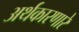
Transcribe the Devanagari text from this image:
अर्थकारणारे